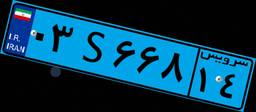
۰۳S۶۶۸۱۴